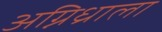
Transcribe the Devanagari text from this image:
अग्निध्राला